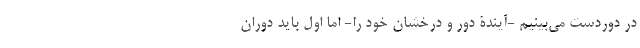
در دوردست می‌بینیم -آیندۀ دور و درخشان خود را- اما اول باید دوران